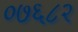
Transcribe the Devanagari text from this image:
०७६८२